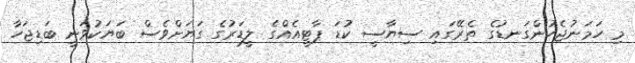
މި ހަމަނުޖެހުންގަނޑުގެ ތެރޭގައި ސިޔާސީ ކުޑަ ޕާޓީއެއްގެ ލީޑަރުގެ ގަޔަށްވެސް ބަޔަކުވަނީ ބަޑިޖަހާ